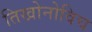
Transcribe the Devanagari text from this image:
तिखोनोविच